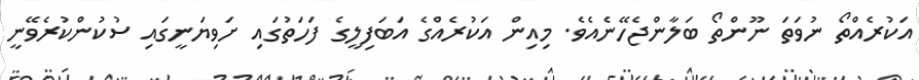
އަކުރެއްތޯ ނުވަތަ ނޫންތޯ ބަލާންޖެހޭނެއެވެ. މިއިން އަކުރެއްގެ އަބަފިލީގެ ފަހަތުގައި ށަވިޔަނީގައި ސުކުންކުރެވޭނީ